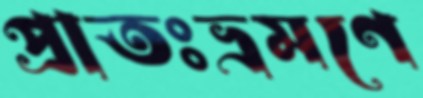
প্রাতঃভ্রমণে